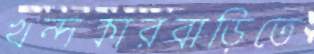
খন্দকারবাড়িতে